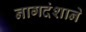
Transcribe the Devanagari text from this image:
नागदंशाने